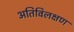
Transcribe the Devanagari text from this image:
अतिविलक्षण